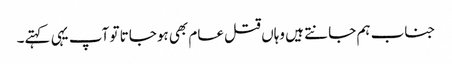
جناب ہم جانتے ہیں وہاں قتل عام بھی ہوجاتا تو آپ یہی کہتے۔